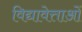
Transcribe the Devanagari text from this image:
विद्यावेत्ताओं